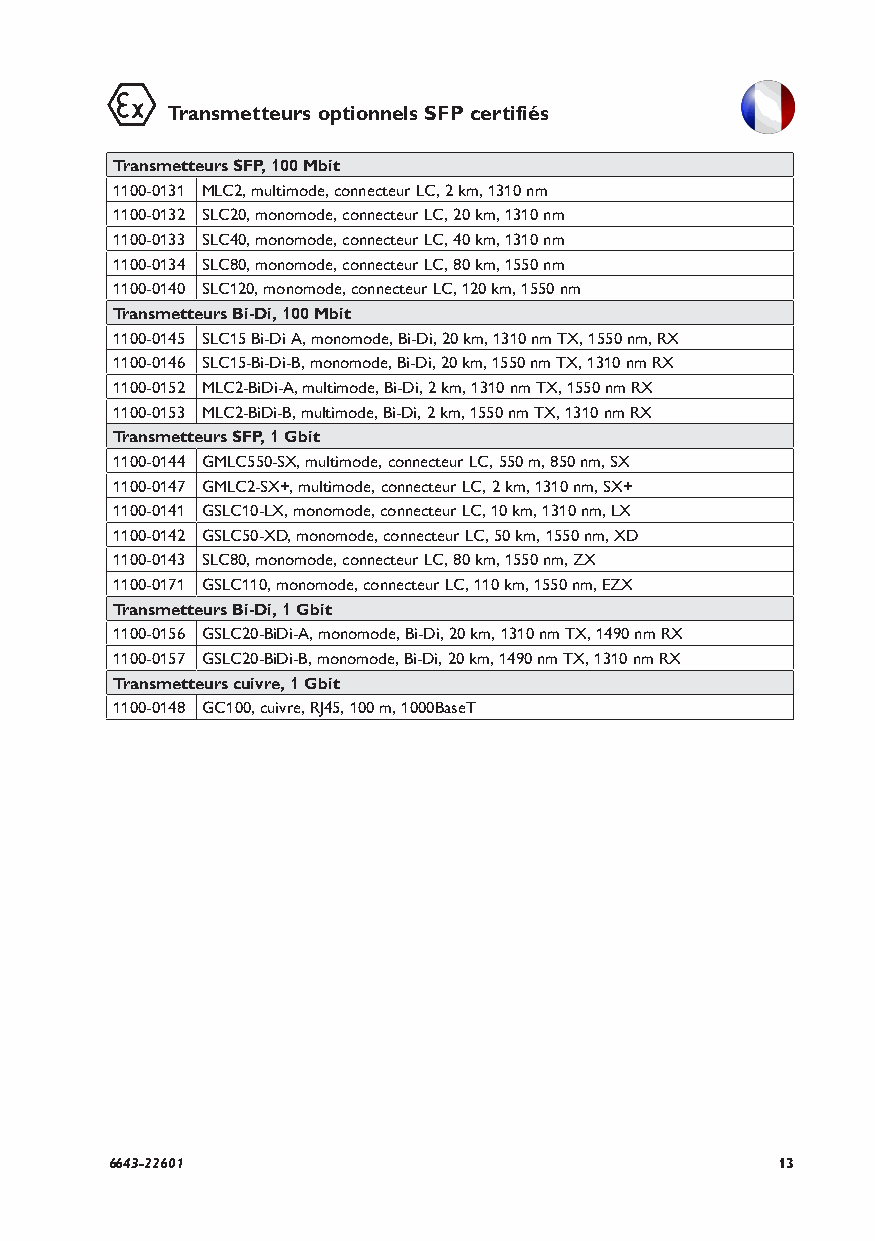
Transmetteurs optionnels SFP certifiés
 Transmetteurs SFP, 100 Mbit
 1100-0131 MLC2, multimode, connecteur LC, 2 km, 1310 nm
 1100-0132 SLC20, monomode, connecteur LC, 20 km, 1310 nm
 1100-0133 SLC40, monomode, connecteur LC, 40 km, 1310 nm
 1100-0134 SLC80, monomode, connecteur LC, 80 km, 1550 nm
 1100-0140 SLC120, monomode, connecteur LC, 120 km, 1550 nm
 Transmetteurs Bi-Di, 100 Mbit
 1100-0145 SLC15 Bi-Di A, monomode, Bi-Di, 20 km, 1310 nm TX, 1550 nm, RX
 1100-0146 SLC15-Bi-Di-B, monomode, Bi-Di, 20 km, 1550 nm TX, 1310 nm RX
 1100-0152 MLC2-BiDi-A, multimode, Bi-Di, 2 km, 1310 nm TX, 1550 nm RX
 1100-0153 MLC2-BiDi-B, multimode, Bi-Di, 2 km, 1550 nm TX, 1310 nm RX
 Transmetteurs SFP, 1 Gbit
 1100-0144 GMLC550-SX, multimode, connecteur LC, 550 m, 850 nm, SX
 1100-0147 GMLC2-SX+, multimode, connecteur LC, 2 km, 1310 nm, SX+
 1100-0141 GSLC10-LX, monomode, connecteur LC, 10 km, 1310 nm, LX
 1100-0142 GSLC50-XD, monomode, connecteur LC, 50 km, 1550 nm, XD
 1100-0143 SLC80, monomode, connecteur LC, 80 km, 1550 nm, ZX
 1100-0171 GSLC110, monomode, connecteur LC, 110 km, 1550 nm, EZX
 Transmetteurs Bi-Di, 1 Gbit
 1100-0156 GSLC20-BiDi-A, monomode, Bi-Di, 20 km, 1310 nm TX, 1490 nm RX
 1100-0157 GSLC20-BiDi-B, monomode, Bi-Di, 20 km, 1490 nm TX, 1310 nm RX
 Transmetteurs cuivre, 1 Gbit
 1100-0148 GC100, cuivre, RJ45, 100 m, 1000BaseT
 6643-22601                                  13